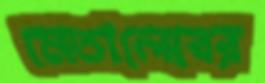
মেতালেবের